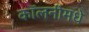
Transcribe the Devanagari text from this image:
कॉलनीमधे